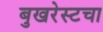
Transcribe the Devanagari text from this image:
बुखरेस्टचा